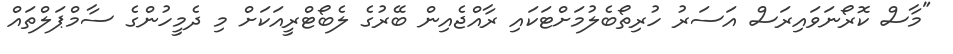
"މާސް ކޮރޯނަވައިރަސް އަސަރު ހުރިތޯބެލުމަށްޓަކައި ރާއްޖެއިން ބޭރުގެ ލެބޯޓްރީއަކަށް މި ދެމީހުންގެ ސާމްޕަލްތައް